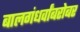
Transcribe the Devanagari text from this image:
बालगंधर्वांबरोबर